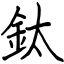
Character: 鈦